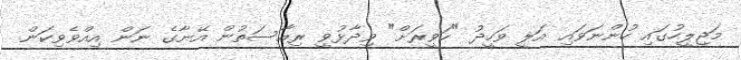
މަޖިލީހުގައި ހުންނަވައި އަލީ ވަހީދު "ހަވީރަށް" ވިދާޅުވީ ރިއާސަތުން އޭނާގެ ނަން އިއްވެވިކަން